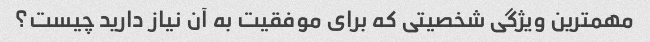
مهمترین ویژگی شخصیتی که برای موفقیت به آن نیاز دارید چیست؟